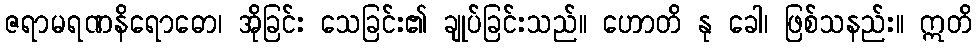
ဇရာမရဏနိရောဓော၊ အိုခြင်း သေခြင်း၏ ချုပ်ခြင်းသည်။ ဟောတိ နု ခေါ၊ ဖြစ်သနည်း။ ဣတိ